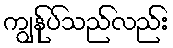
ကျွန်ုပ်သည်လည်း